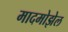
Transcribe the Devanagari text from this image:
मादमोझेल